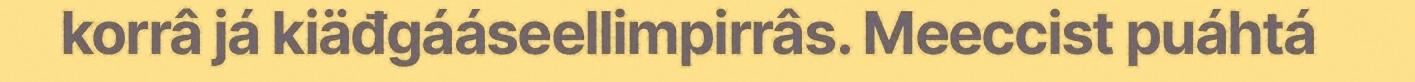
korrâ já kiäđgááseellimpirrâs. Meeccist puáhtá